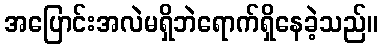
အပြောင်းအလဲမရှိဘဲရောက်ရှိနေခဲ့သည်။